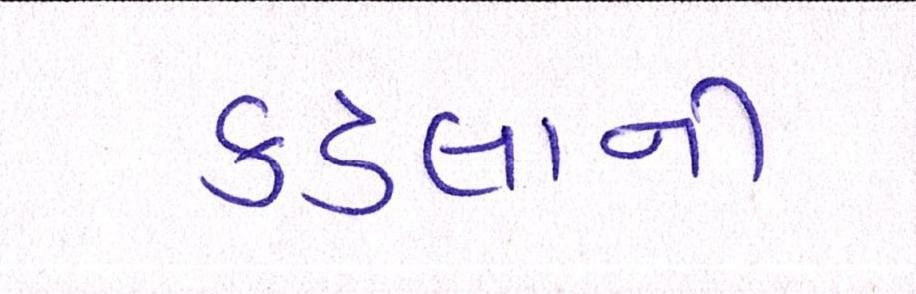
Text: કડલાની